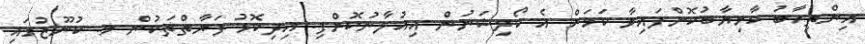
އިންތިހާބު ކާމިޔާބުކޮށްފައިވާ ކަމަށް އެ ކޯލިޝަނުން އިއުލާނުކޮށްފި. އިދިކޮޅު ފަރާތްތަކުން މ. ކުނޫޒުގައި